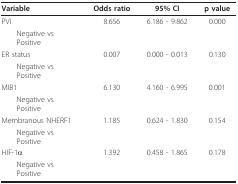
| Variable | Odds ratio | 95% CI | p value |
 | --- | --- | --- | --- |
 | PVI | 8.656 | 6.186 - 9.862 | 0.000 |
 | Negative vsPositive |  |  |  |
 | ER status | 0.007 | 0.000 - 0.013 | 0.130 |
 | Negative vsPositive |  |  |  |
 | MIB1 | 6.130 | 4.160 - 6.995 | 0.001 |
 | Negative vsPositive |  |  |  |
 | Membranous NHERF1 | 1.185 | 0.624 - 1.830 | 0.154 |
 | Negative vsPositive |  |  |  |
 | HIF-1α | 1.392 | 0.458 - 1.865 | 0.178 |
 | Negative vsPositive |  |  |  |